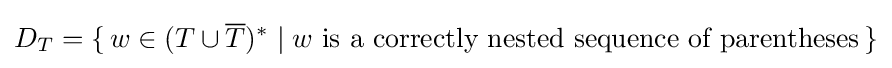
D_{T}=\{\,w\in (T\cup {\overline {T}})^{*}\mid w{\text{ is a correctly nested sequence of parentheses}}\,\}